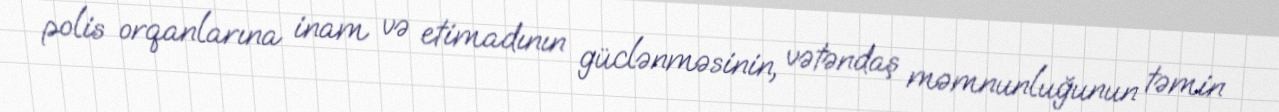
polis orqanlarına inam və etimadının güclənməsinin, vətəndaş məmnunluğunun təmin